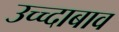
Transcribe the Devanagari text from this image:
उच्च्दाबाव